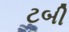
ટબી